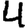
Digit: 4